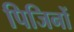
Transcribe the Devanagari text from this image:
पिजिनों